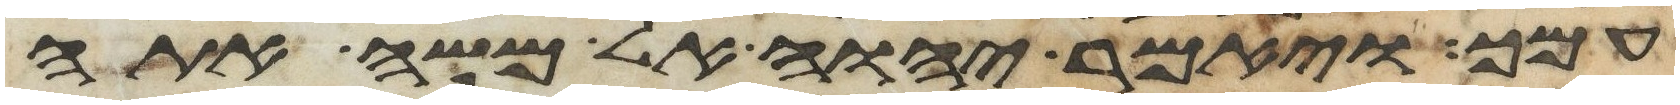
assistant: עמך ויאמר יהוה אל משה אתה